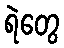
ရဲတွေ